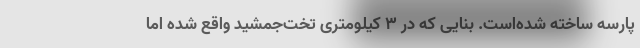
پارسه ساخته شده‌است. بنایی که در ۳ کیلومتری تخت‌جمشید واقع شده اما